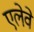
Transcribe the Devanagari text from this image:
एलेवे